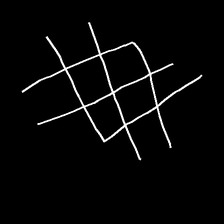
Glyph: crystal